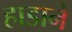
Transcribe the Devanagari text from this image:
हाडाने